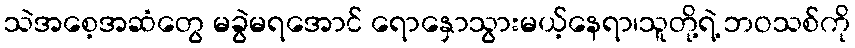
သဲအစေ့အဆံတွေ မခွဲမရအောင် ရောနှောသွားမယ့်နေရာ၊သူတို့ရဲ့ ဘဝသစ်ကို